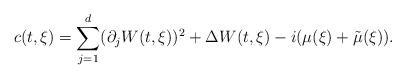
LaTeX: \begin{align*}c(t,\xi)=\sum_{j=1}^d(\partial_jW(t,\xi))^2+\Delta W(t,\xi)-i(\mu(\xi)+\tilde{\mu}(\xi)).\end{align*}